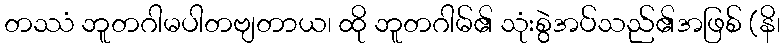
တဿံ ဘူတဂါမပါတဗျတာယ၊ ထို ဘူတဂါမ်၏ သုံးစွဲအပ်သည်၏အဖြစ် (နိ၊